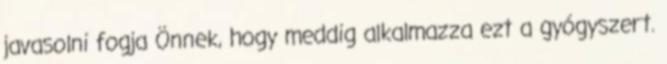
javasolni fogja Önnek, hogy meddig alkalmazza ezt a gyógyszert.